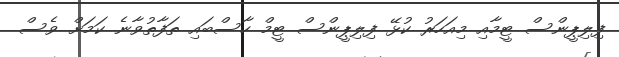
ފިލިޕީންސް ޓީމާއި މިއަހަރު ކުޅޭ ފިލިޕީންސް ޓީމް ހާސްބައި ތަފާތުވާނެ ކަމަށް ވެސް